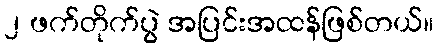
၂ ဖက်တိုက်ပွဲ အပြင်းအထန်ဖြစ်တယ်။